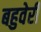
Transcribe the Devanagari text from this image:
बहुवेरी